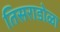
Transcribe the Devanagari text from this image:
तिसराडोळा